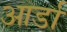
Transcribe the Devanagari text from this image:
आर्डा